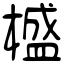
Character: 𣛮